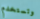
وتستخدم